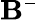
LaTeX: {\mathbf B¯}